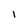
Character: 1